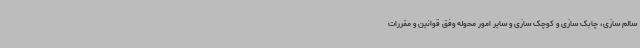
سالم سازی، چابک سازی و کوچک سازی و سایر امور محوله وفق قوانین و مقررات